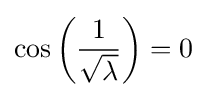
\cos \left({\frac {1}{\sqrt {\lambda }}}\right)=0